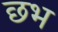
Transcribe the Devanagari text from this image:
छभ